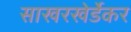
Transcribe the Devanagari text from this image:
साखरखेर्डेकर